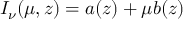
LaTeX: I _ { \nu } ( \mu , z ) = a ( z ) + \mu b ( z )